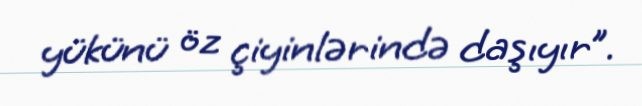
yükünü öz çiyinlərində daşıyır”.